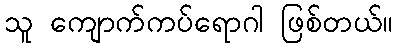
သူ ကျောက်ကပ်ရောဂါ ဖြစ်တယ်။